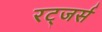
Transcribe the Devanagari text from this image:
रट्जर्स